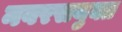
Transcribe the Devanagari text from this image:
नवरसयुक्त